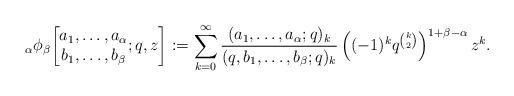
LaTeX: \begin{align*}{}_\alpha\phi_\beta\!\left[\begin{matrix}a_1,\ldots,a_\alpha\\b_1,\ldots,b_\beta\end{matrix};q,z\right]:=\sum_{k=0}^\infty\frac{(a_1,\ldots,a_\alpha;q)_k}{(q,b_1,\ldots,b_\beta;q)_k}\left((-1)^kq^{\binom k2}\right)^{1+\beta-\alpha}z^k.\end{align*}